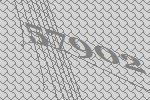
57902